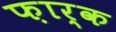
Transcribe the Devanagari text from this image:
फ़ार्क